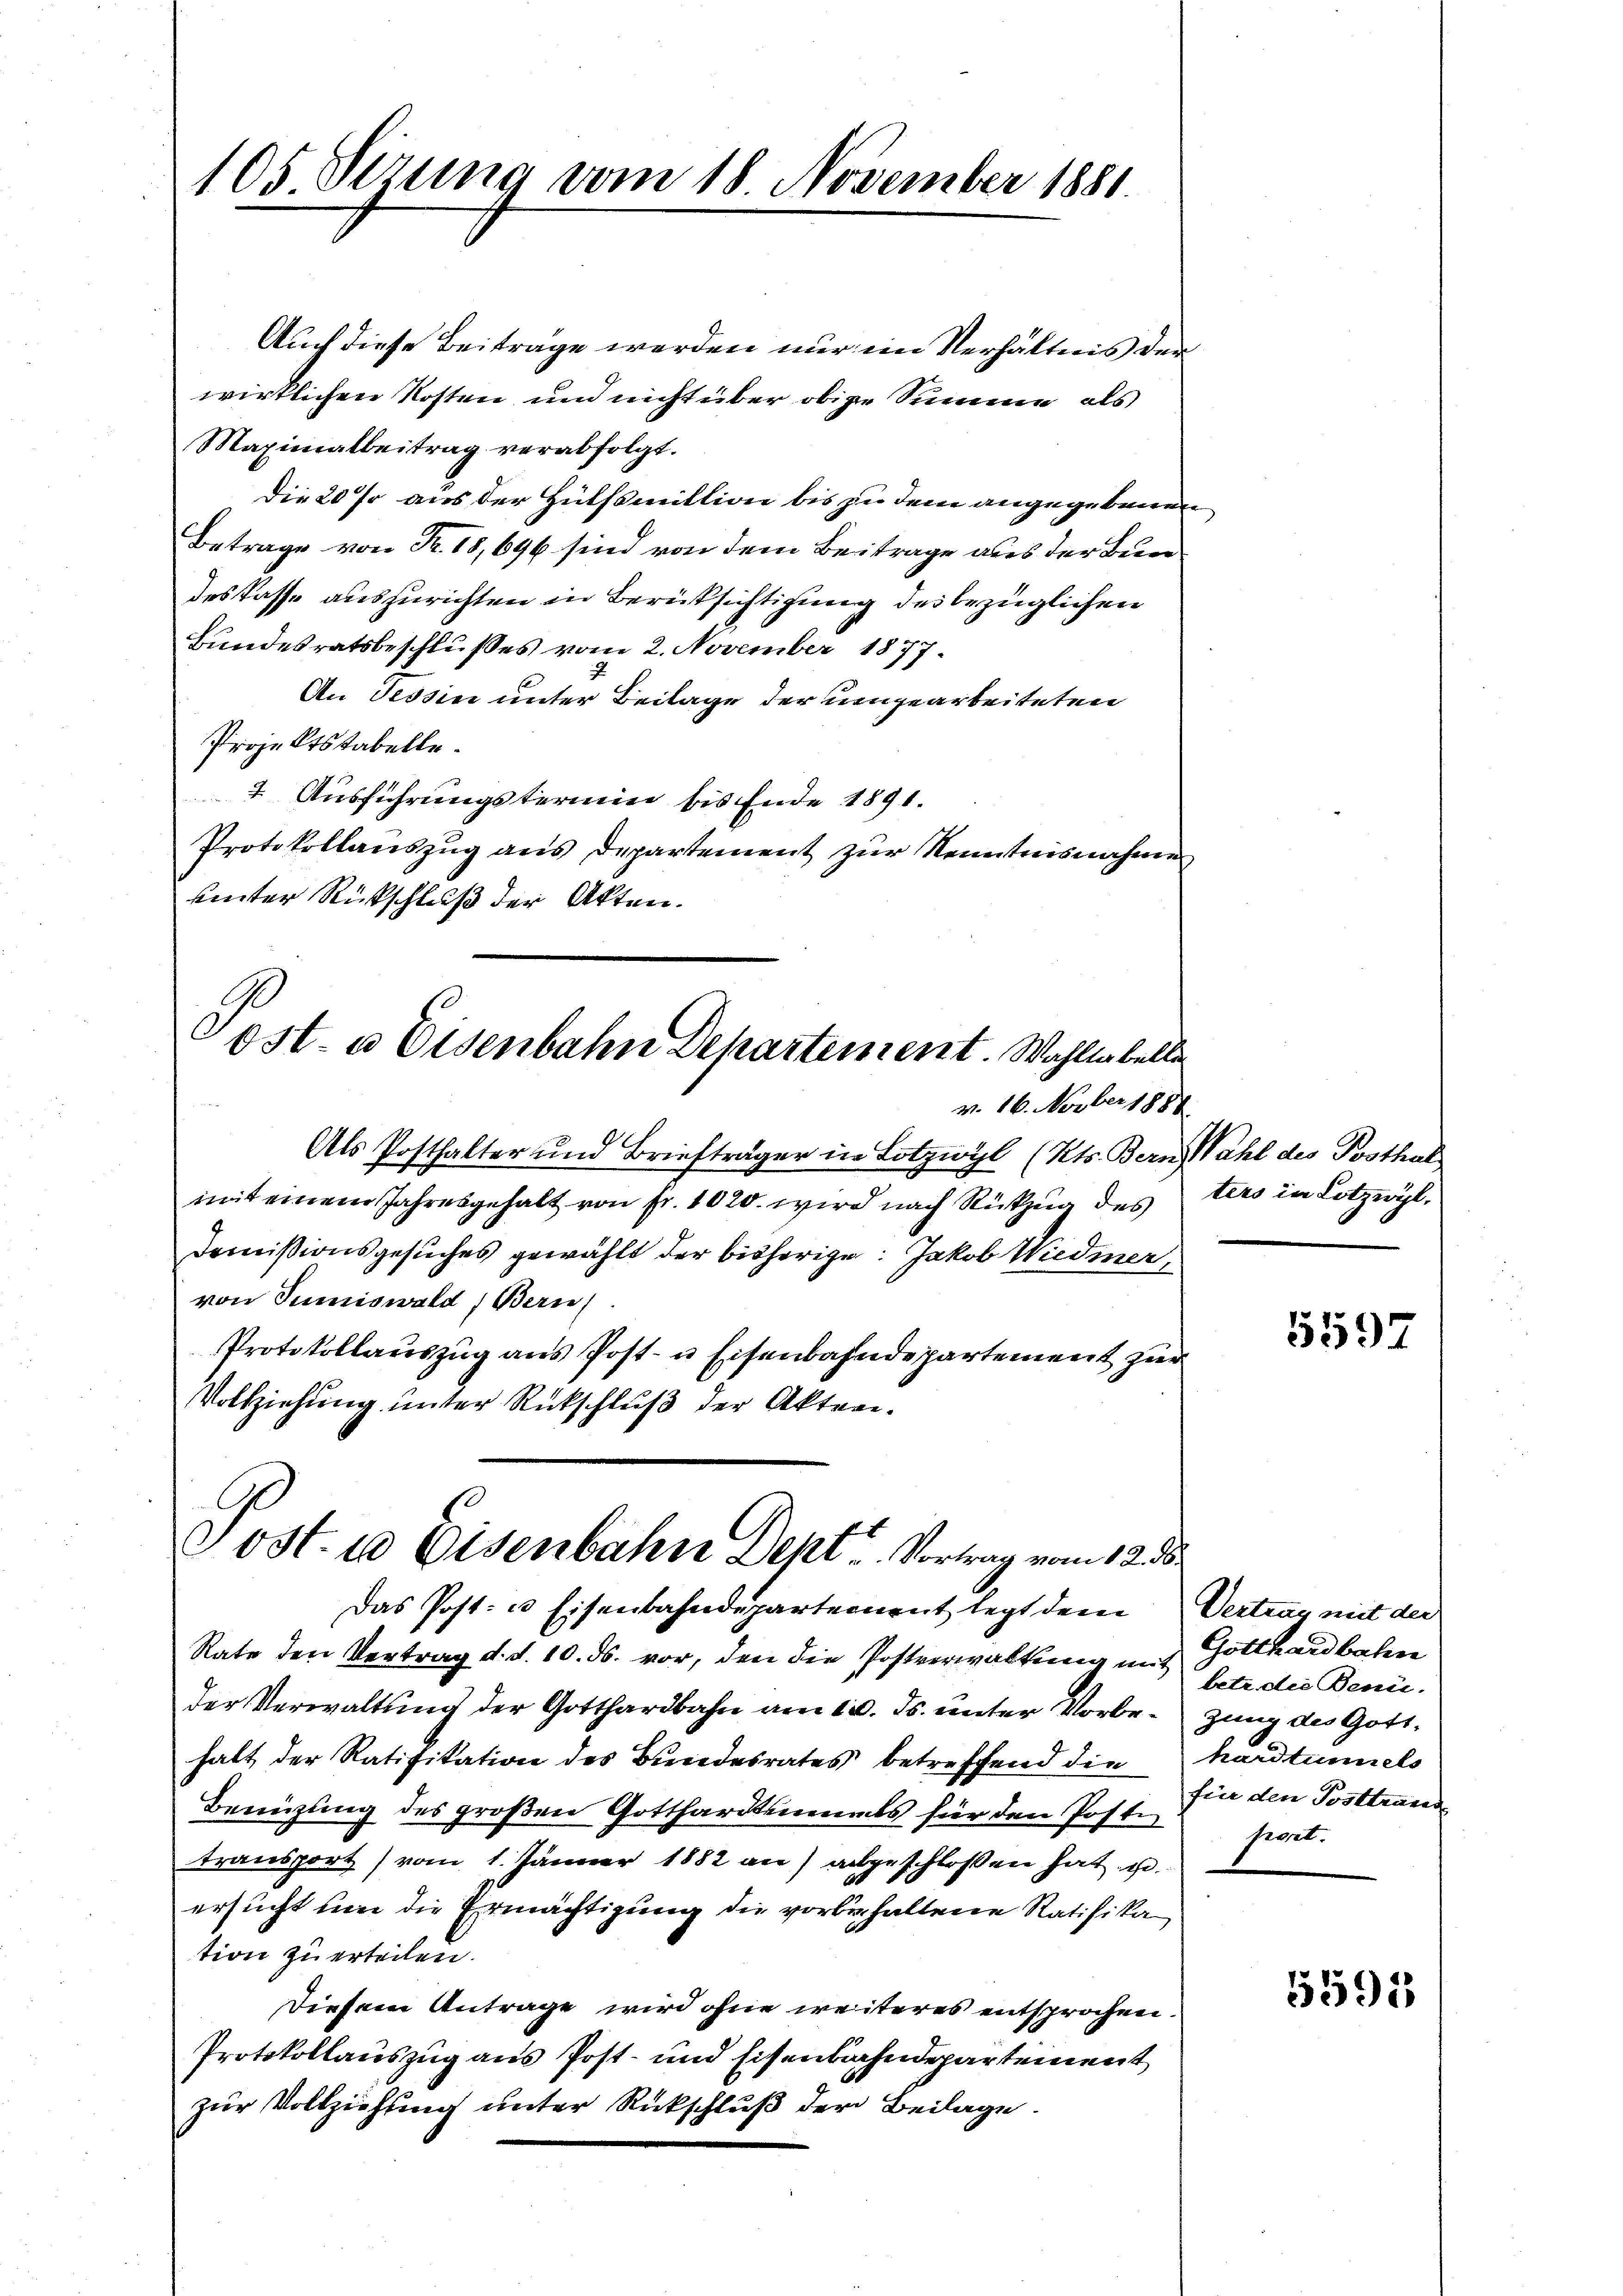
105 Sezung vom 18 November 1881.

Auch diese Beiträge werden nur im Verhältnis der
wirklichen Kosten und nicht über obige Summe, als
Maximatbeitrag verabfolgt.
Die 20 % aus der Hülfsmillion bis zu dem angegebenen
Betrage von Fr. 18, 696 sind von dem Beitrage aus der Bundes Kasse auszurichten in Berüksichtigung des bezüglichen
Bundesratsbeschlußes vom 2. November 1877.
An Tessin unter Beilage der umgearbeiteten
Projekts tabelle.
1 Ausführungstermin bis Ende 1891.
Protokollauszug aus Departement zur Kenntnisnahme
uinter Rückschluß der Akten.

v. 16. Novber 1884
Als Posthalter und Briefträger in Lotzwyl (Kts. Bern, Wahl des Posthal
mit einem Jahresgehalt von fr. 1020. wird nach Rückzug des
Demissionsgesuches gewählt der bisherige: Jakob Wiedmer,
von Summiswald, Bern
Protokollauszug aus Post- u Eisenbahndepartement zur
Vollziehung unter Rückschluß der Akten¬
Das Post- u Eisenbahndepartement legt dem Vertrag mit der
Rate den Vertrag d. d. 10. ds. vor, den die Postverwaltung und Gotthardbahn
der Verwaltung der Gotthardbahn am 10. ds. unter Vorbe-zung des Gotthalt der Ratifikation des Bundesrates betreffend die
Benüzling des großen Gotthardtimmels für den Posten fort.
transport vom 1. Jänner 1882 an) abgeschlossen hat, u.
ersucht um die Ermächtigung die vorbehaltene Ratifikation zu erteilen.
Diesem Antrage wird ohne weiteres entsprochen.
Protokollauszug aus Post- und Eisenbahndepartement
zur Vollziehung unter Rückschluß der Beilage.

ost- u Eisenbahn Departement. Wahllabelle

ost. 10 Eisenbahn Deht. Vortrag vom 12. d.

ters in Lotzwyl,

5597

betr. die Beni.
hardtunnels
für den Posttrande

5595